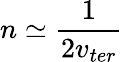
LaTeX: n\simeq\frac 1{2v_{ter}}